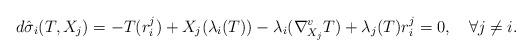
LaTeX: \begin{align*} d\hat{\sigma}_i(T,X_j)=-T(r^j_i)+X_j(\lambda_i(T))-\lambda_i(\nabla^v_{X_j}T)+\lambda_j(T)r^j_i=0,\quad\forall j\neq i. \end{align*}